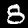
Label: 8